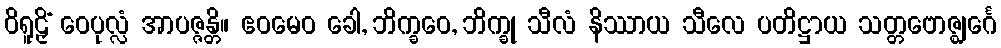
ဝိရူဠှိံ ဝေပုလ္လံ အာပဇ္ဇန္တိ။ ဧဝမေဝ ခေါ, ဘိက္ခဝေ, ဘိက္ခု သီလံ နိဿာယ သီလေ ပတိဋ္ဌာယ သတ္တဗောဇ္ဈင်္ဂေ